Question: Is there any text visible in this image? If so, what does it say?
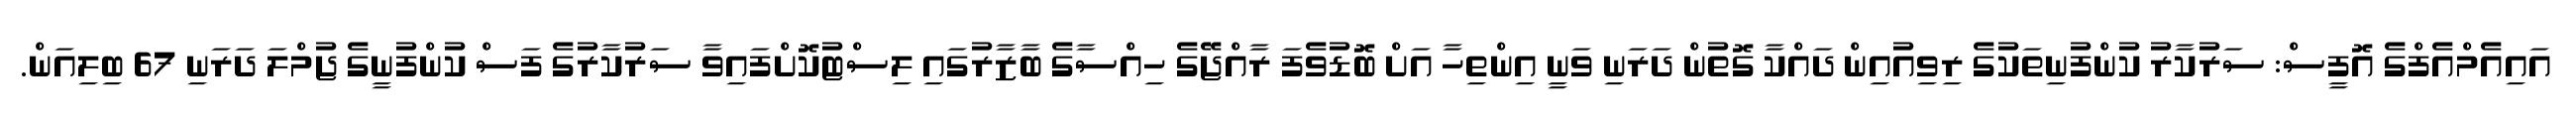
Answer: އައިއެމްއެފްގެ އޮފީސް: ސަރުކާރު ކުންފުނިތަކުގެ ރިވިއުއިން ދައްކާ ގޮތުން ދަރަނި ވަނީ އިންތިހާ އަށް ބޮޑުވެފަ ރާއްޖޭގެ ހިއްސާގެ ބާޒާރުގައި ލިސްޓުކޮށްފައިވާ ސަރުކާރުގެ ފަސް ކުންފުނީގެ ޖުމްލަ ދަރަނި 67 ބިލިއަން.